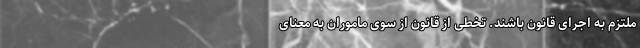
ملتزم به اجرای قانون باشند. تخطی از قانون از سوی ماموران به معنای